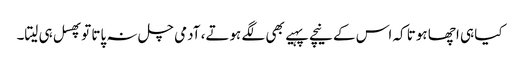
کیا ہی اچھا ہوتا کہ اس کے نیچے پہیے بھی لگے ہوتے، آدمی چل نہ پاتا توپھسل ہی لیتا۔